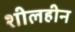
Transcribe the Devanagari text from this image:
शीलहीन